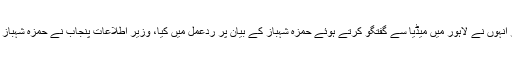
ان خیالات کا اظہار انہوں نے لاہور میں میڈیا سے گفتگو کرتے ہوئے حمزہ شہباز کے بیان پر ردعمل میں کیا، وزیر اطلاعات پنجاب نے حمزہ شہباز کو آڑے ہاتھوں لیا۔